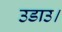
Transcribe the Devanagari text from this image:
उडाउ।